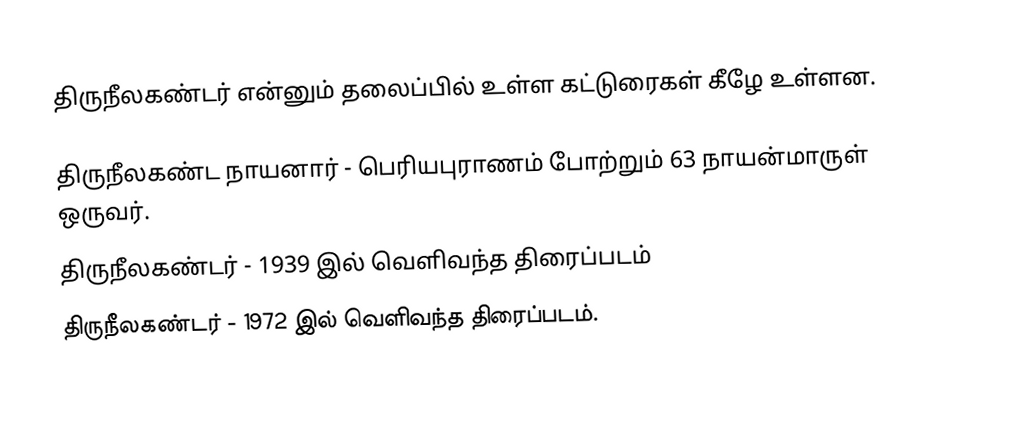
திருநீலகண்டர் என்னும் தலைப்பில் உள்ள கட்டுரைகள் கீழே உள்ளன.

திருநீலகண்ட நாயனார் - பெரியபுராணம் போற்றும் 63 நாயன்மாருள் ஒருவர்.
திருநீலகண்டர் - 1939 இல் வெளிவந்த திரைப்படம்
திருநீலகண்டர் - 1972 இல் வெளிவந்த திரைப்படம்.